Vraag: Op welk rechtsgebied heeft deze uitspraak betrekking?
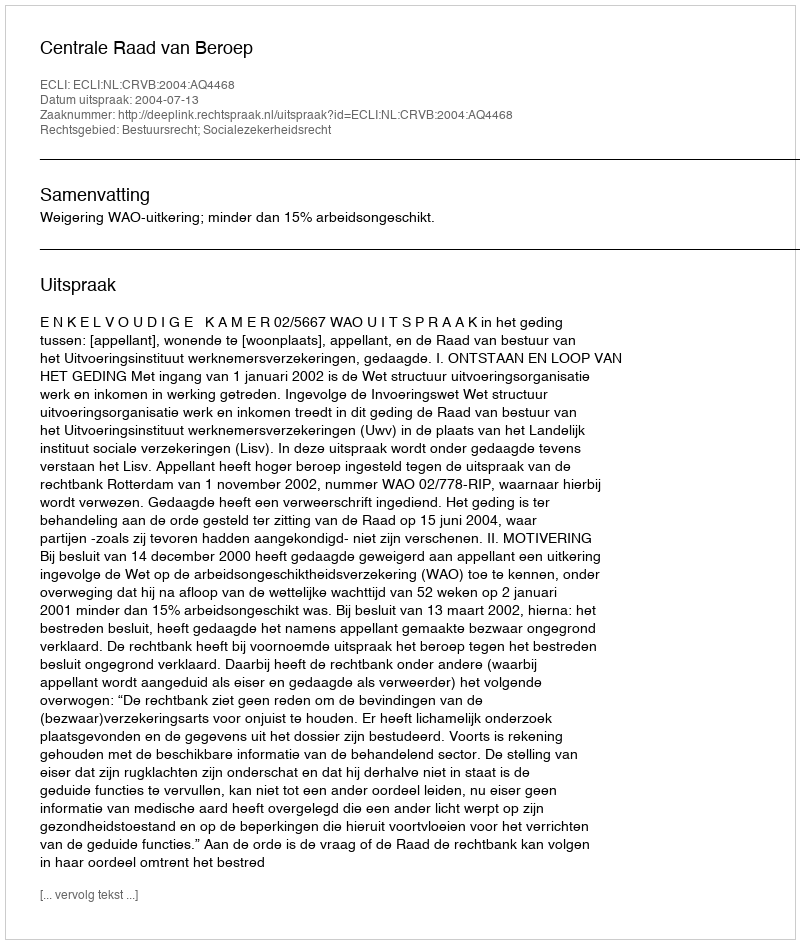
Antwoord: Bestuursrecht; Socialezekerheidsrecht